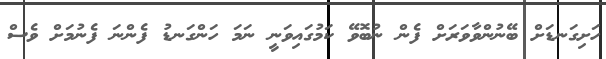
ހަށިގަނޑަށް ބޭނުންވާވަރަށް ފެން ނުބޮވޭ ކަމުގައިވަނީ ނަމަ ހަންގަނޑު ފެންނަ ފެނުމަށް ވެސް